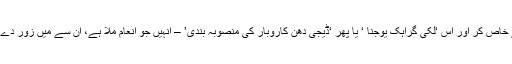
میں اہل وطن سے، ملک کے نوجوانوں سے خاص کر اور اس ‘لکی گراہک یوجنا ‘ یا پھر ‘ڈیجی دھن کاروبار کی منصوبہ بندی’ – انہیں جو انعام ملا ہے، ان سے میں زور دے کر کہوں گا کہ آپ خود اس کے سفیر بنیں۔